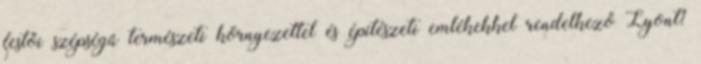
festői szépségű természeti környezettel és építészeti emlékekkel rendelkező Lyont?